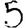
Digit: 5